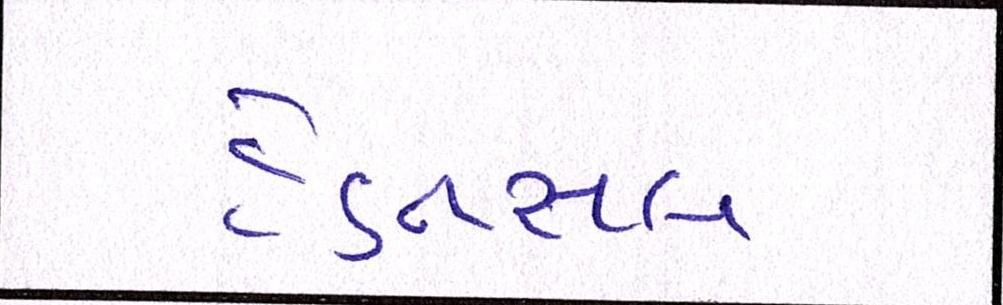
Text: હેડનસલ